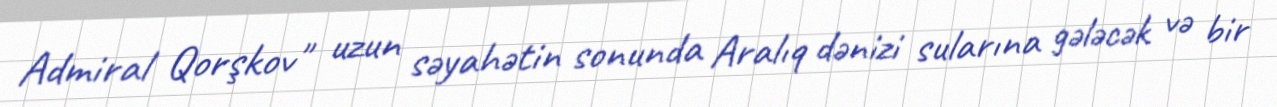
Admiral Qorşkov" uzun səyahətin sonunda Aralıq dənizi sularına gələcək və bir